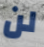
لن